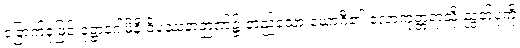
ခြောက်ခုဖြင့် ဝုဋ္ဌာနဂါမိနိ ဝိပဿနာဉာဏ်၌ တည်သော ယောဂီ၏ လောကုတ္တရာသို့ ညွတ်ပုံကို